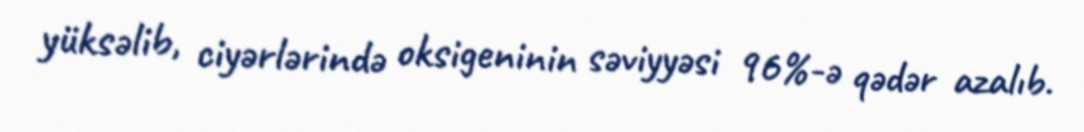
yüksəlib, ciyərlərində oksigeninin səviyyəsi 96%-ə qədər azalıb.